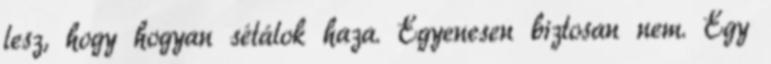
lesz, hogy hogyan sétálok haza. Egyenesen biztosan nem. Egy